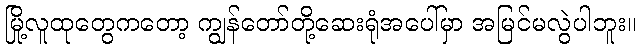
မြို့လူထုတွေကတော့ ကျွန်တော်တို့ဆေးရုံအပေါ်မှာ အမြင်မလွဲပါဘူး။